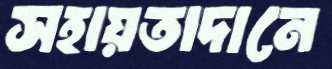
সহায়তাদানে